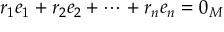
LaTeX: r _ { 1 } e _ { 1 } + r _ { 2 } e _ { 2 } + \cdots + r _ { n } e _ { n } = 0 _ { M }